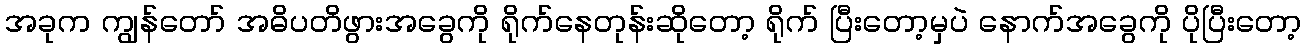
အခုက ကျွန်တော် အဓိပတိဖွားအခွေကို ရိုက်နေတုန်းဆိုတော့ ရိုက် ပြီးတော့မှပဲ နောက်အခွေကို ပိုပြီးတော့